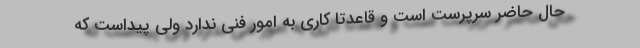
حال حاضر سرپرست است و قاعدتاً کاری به امور فنی ندارد ولی پیداست که